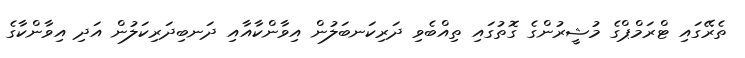
ތެރޭގައި ޓްރަމްޕްގެ މުޝީރުންގެ ގޮތުގައި ތިއްބެވި ދަރިކަނބަލުން އިވާންކާއާއި ދަނބިދަރިކަލުން އަދި އިވާންކާގެ